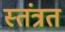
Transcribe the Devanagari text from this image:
स्तंत्रत